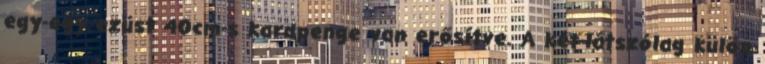
egy-egy ezüst 40cm-s kardpenge van erősítve. A két-látszólag külön